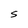
Character: S